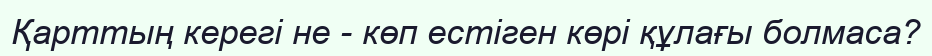
Қарттың керегі не - көп естіген көрі құлағы болмаса?